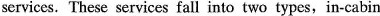
services. These services fall into two types,in-cabin